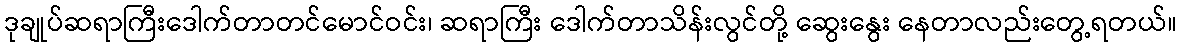
ဒုချုပ်ဆရာကြီးဒေါက်တာတင်မောင်ဝင်း၊ ဆရာကြီး ဒေါက်တာသိန်းလွင်တို့ ဆွေးနွေး နေတာလည်းတွေ့ရတယ်။